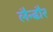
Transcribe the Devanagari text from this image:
लैन्ढौर